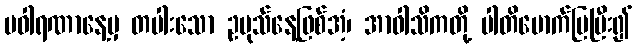
ပဝါရဏာနေ့မှ တပါးသော ဥပုသ်နေ့ဖြစ်အံ့၊ အာဝါသိကတို့ ပါတိမောက်ပြပြီး၍